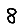
Digit: 8